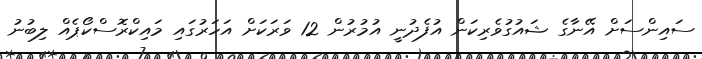
ސައިންސަށް އޭނާގެ ޝައުގުވެރިކަން އުފެދުނީ އުމުރުން 12 ވަރަކަށް އަހަރުގައި މައިކްރޮސްކޯޕެއް ލިބުނު